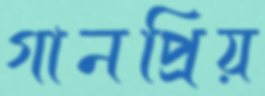
গানপ্রিয়